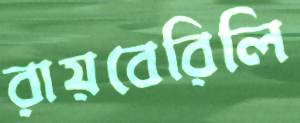
রায়বেরিলি